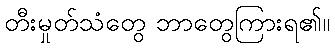
တီးမှုတ်သံတွေ ဘာတွေကြားရ၏။